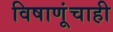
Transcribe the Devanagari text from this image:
विषाणूंचाही